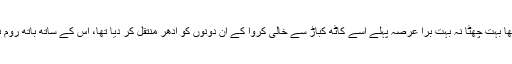
اس کا اور مسرت کا مشترکہ کمرہ در اصل کچن کے ساتھ ملحقہ اسٹور روم تھا بہت چھٹا نہ بہت برا عرصہ پہلے اسے کاٹھ کباڑ سے خالی کروا کے ان دونوں کو ادھر منتقل کر دیا تھا، اس کے ساتھ باتھ روم نہیں تھا اس لیئے انہیں لاونج سے گزر کر گیسٹ روم کی طرف جانا پڑتا تھا۔